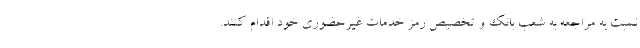
نسبت به مراجعه به شعب بانک و تخصیص رمز خدمات غیرحضوری خود اقدام کنند.